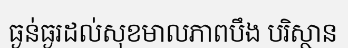
ធ្ងន់ធ្ងរដល់សុខមាលភាពបឹង បរិស្ថាន